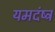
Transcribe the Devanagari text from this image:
यमदंष्ट्र